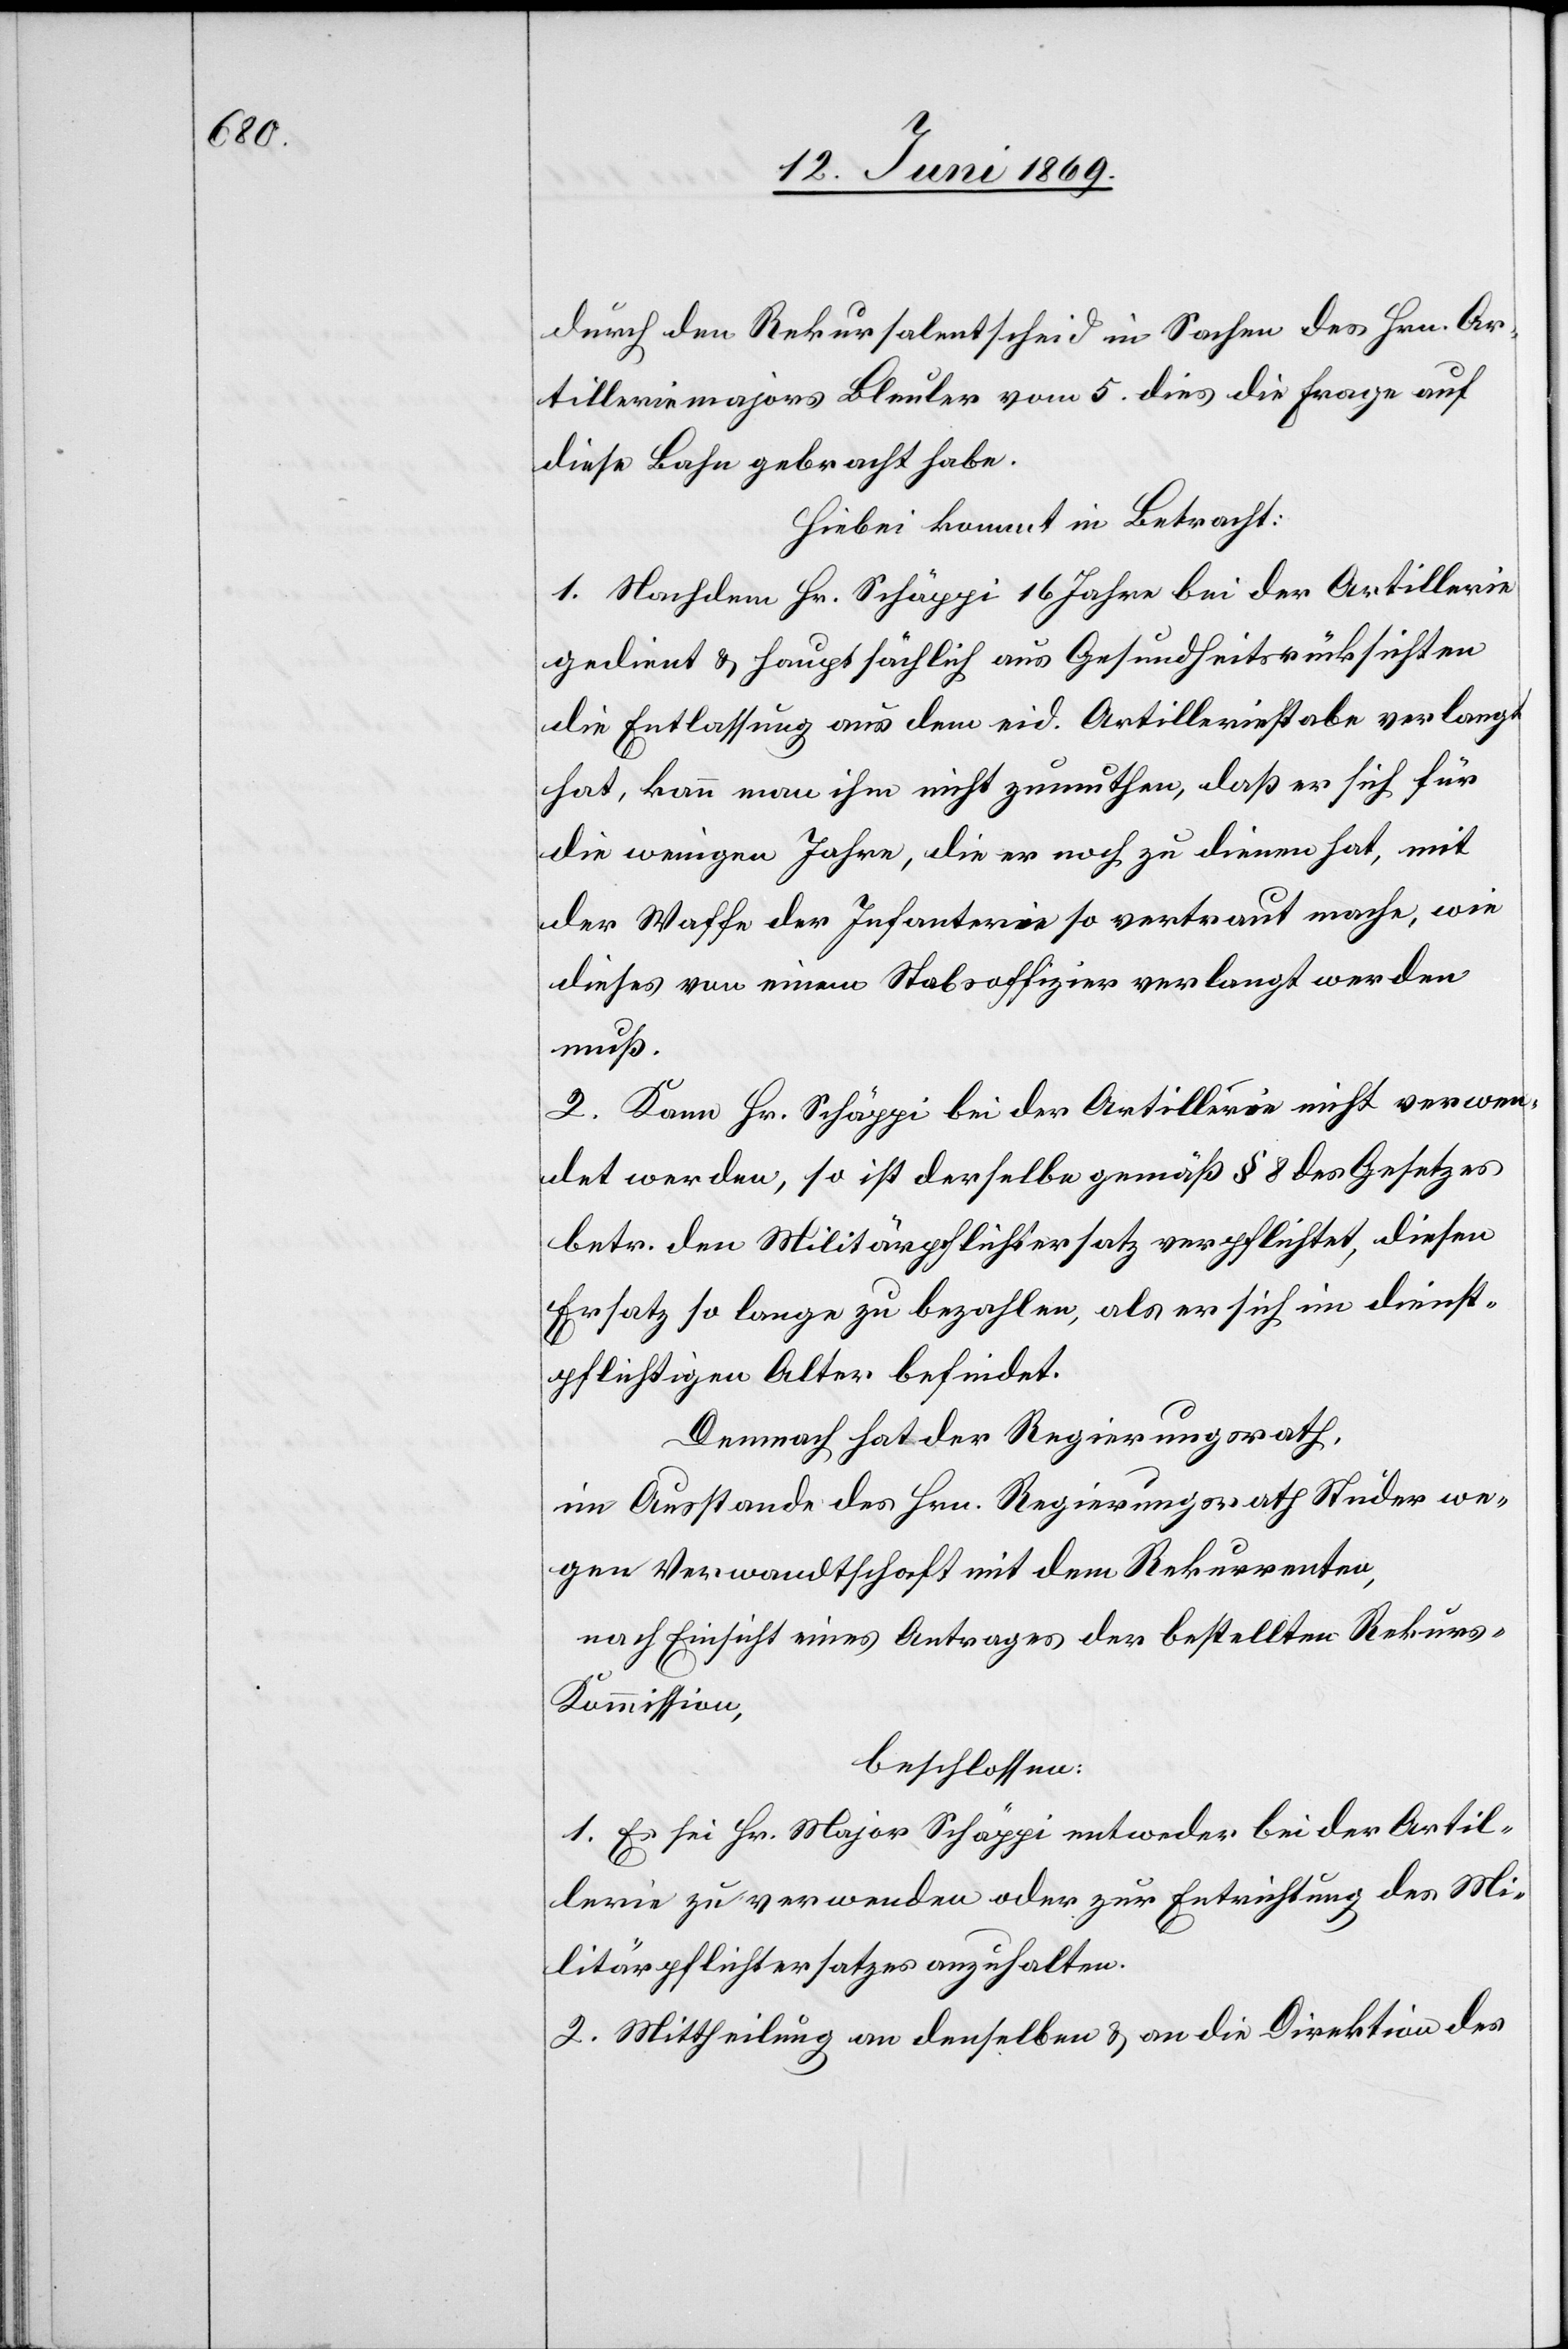
durch den Rekursalentscheid in Sachen des Hrn. Ar¬
tilleriemajors Bleuler vom 5 dies die Frage auf
diese Bahn gebracht habe.
Hiebei kommt in Betracht:
1. Nachdem Hr. Schäppi 16 Jahre bei der Artillerie
gedient u. hauptsächlich aus Gesundheitsrücksichten
die Entlassung aus eid. Artilleriestabe verlangt
hat, kann man ihm nicht zumuthen, daß er sich für
die wenigen Jahre, die er noch zu dienen hat, mit
der Waffe der Infanterie so vertraut mache, wie
dieses von einem Stabsoffizier verlangt werden
muß.
2. Kann Hr. Schäppi bei der Artillerie nicht verwen¬
det werden, so ist derselbe gemäß § 8 des Gesetzes
betr. den Militärpflichtersatz verpflichtet, diesen
Ersatz so lange zu bezahlen, als er sich im dienst¬
pflichtigen Alter befindet.
Demnach hat der Regierungsrath,
im Ausstande des Hrn. Regierungsrath Studer we¬
gen Verwandtschaft mit dem Rekurrenten,
nach Einsicht eines Antrages der bestellten Rekur¬
s-Kommission,
beschlossen:
1. Es sei Hr. Major Schäppi entweder bei der Artil¬
lerie zu verwenden oder zur Entrichtung des Mi¬
litärpflichtersatzes anzuhalten.
2. Mittheilung an denselben u. an die Direktion des